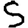
Digit: 5